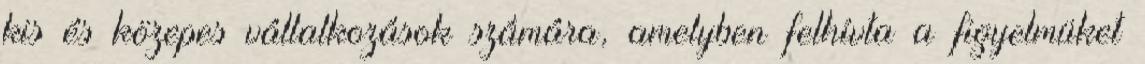
kis és közepes vállalkozások számára, amelyben felhívta a figyelmüket